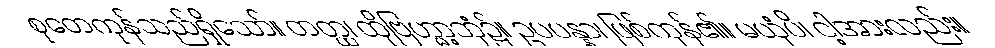
စုတေကုန်သည်ရှိသော်။ တတ္ထ၊ ထိုဗြဟ္မာ့ဘုံ၌။ ဥပပန္နာ၊ ဖြစ်ကုန်၏။ မယှံပိ၊ ငါ့အားလည်း။